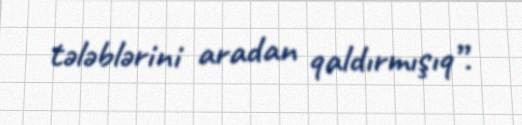
tələblərini aradan qaldırmışıq”.